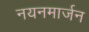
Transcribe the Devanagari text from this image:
नयनमार्जन